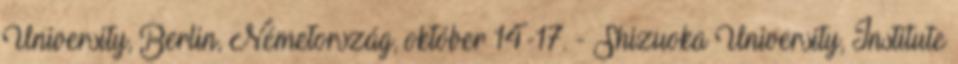
University, Berlin, Németország, október 14-17. - Shizuoka University, Institute